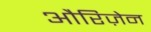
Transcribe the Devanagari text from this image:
औरिज़ेन